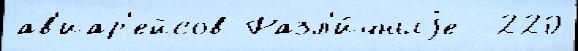
ав'иар'ейсов Разл'и́чныjе  220